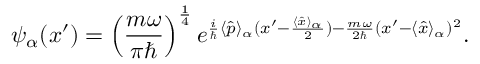
\psi _ { \alpha } ( x ^ { \prime } ) = \left( { \frac { m \omega } { \pi \hbar } } \right) ^ { \frac { 1 } { 4 } } e ^ { { \frac { i } { \hbar } } \langle { \hat { p } } \rangle _ { \alpha } ( x ^ { \prime } - { \frac { \langle { \hat { x } } \rangle _ { \alpha } } { 2 } } ) - { \frac { m \omega } { 2 \hbar } } ( x ^ { \prime } - \langle { \hat { x } } \rangle _ { \alpha } ) ^ { 2 } } .